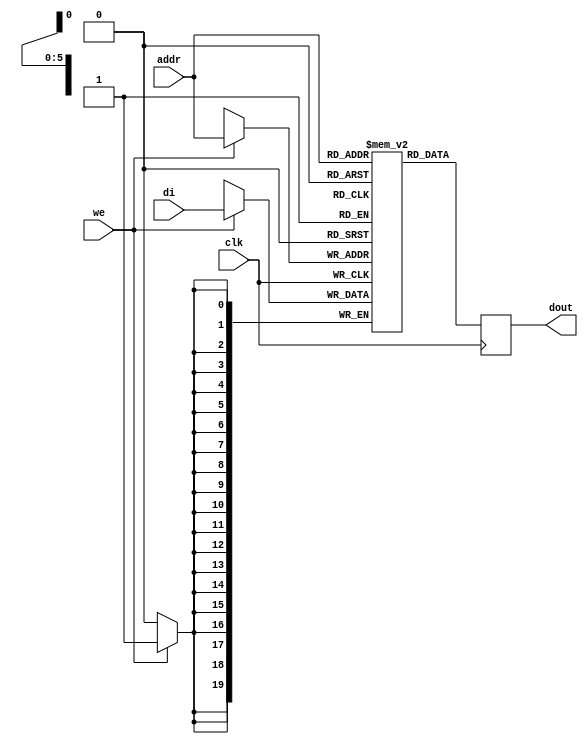
// Initializing Block RAM (Single-Port Block RAM)
// File: rams_sp_rom 
module rams_sp_rom (clk, we, addr, di, dout);
input clk;
input we;
input [5:0] addr;
input [19:0] di;
output [19:0] dout;

reg [19:0] ram [63:0];
reg [19:0] dout;

initial 
begin
  ram[63] = 20'h0200A; ram[62] = 20'h00300; ram[61] = 20'h08101;
  ram[60] = 20'h04000; ram[59] = 20'h08601; ram[58] = 20'h0233A;
  ram[57] = 20'h00300; ram[56] = 20'h08602; ram[55] = 20'h02310;
  ram[54] = 20'h0203B; ram[53] = 20'h08300; ram[52] = 20'h04002;
  ram[51] = 20'h08201; ram[50] = 20'h00500; ram[49] = 20'h04001;
  ram[48] = 20'h02500; ram[47] = 20'h00340; ram[46] = 20'h00241;
  ram[45] = 20'h04002; ram[44] = 20'h08300; ram[43] = 20'h08201;
  ram[42] = 20'h00500; ram[41] = 20'h08101; ram[40] = 20'h00602;
  ram[39] = 20'h04003; ram[38] = 20'h0241E; ram[37] = 20'h00301;
  ram[36] = 20'h00102; ram[35] = 20'h02122; ram[34] = 20'h02021;
  ram[33] = 20'h00301; ram[32] = 20'h00102; ram[31] = 20'h02222;
  ram[30] = 20'h04001; ram[29] = 20'h00342; ram[28] = 20'h0232B; 
  ram[27] = 20'h00900; ram[26] = 20'h00302; ram[25] = 20'h00102; 
  ram[24] = 20'h04002; ram[23] = 20'h00900; ram[22] = 20'h08201; 
  ram[21] = 20'h02023; ram[20] = 20'h00303; ram[19] = 20'h02433; 
  ram[18] = 20'h00301; ram[17] = 20'h04004; ram[16] = 20'h00301; 
  ram[15] = 20'h00102; ram[14] = 20'h02137; ram[13] = 20'h02036; 
  ram[12] = 20'h00301; ram[11] = 20'h00102; ram[10] = 20'h02237; 
  ram[9]  = 20'h04004; ram[8]  = 20'h00304; ram[7] = 20'h04040; 
  ram[6]  = 20'h02500; ram[5]  = 20'h02500; ram[4] = 20'h02500; 
  ram[3]  = 20'h0030D; ram[2]  = 20'h02341; ram[1] = 20'h08201; 
  ram[0]  = 20'h0400D;
end
 
always @(posedge clk)
begin
  if (we)
    ram[addr] <= di;
  dout <= ram[addr];
end 

endmodule